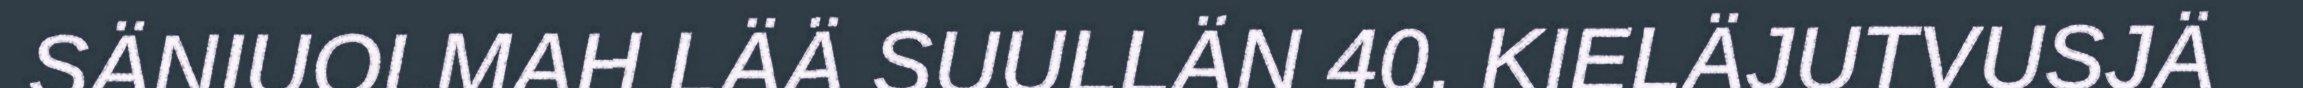
SÄNIUOLMAH LÄÄ SUULLÄN 40. KIELÄJUTVUSJÄ